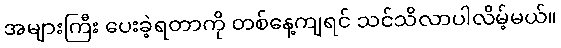
အများကြီး ပေးခဲ့ရတာကို တစ်နေ့ကျရင် သင်သိလာပါလိမ့်မယ်။